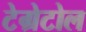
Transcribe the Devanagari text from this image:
टेग्रेटोल